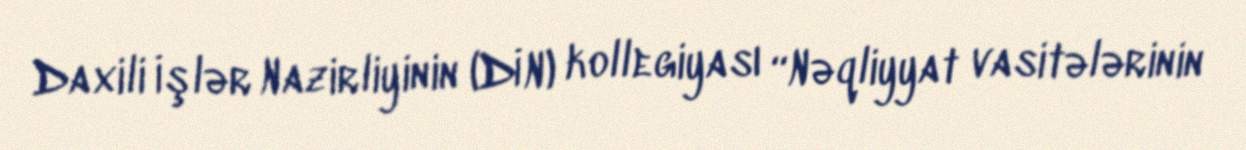
Daxili İşlər Nazirliyinin (DİN) kollegiyası “Nəqliyyat vasitələrinin